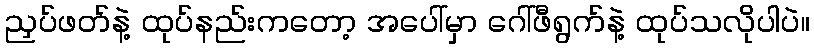
ညှပ်ဖတ်နဲ့ ထုပ်နည်းကတော့ အပေါ်မှာ ဂေါ်ဖီရွက်နဲ့ ထုပ်သလိုပါပဲ။